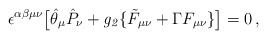
\begin{align*}\epsilon^{\alpha\beta\mu\nu} \big[ \hat \theta_\mu \hat P_\nu +{\it g_2} \{ \tilde F_{\mu\nu} + \Gamma F_{\mu\nu} \} \big] = 0 \,,\end{align*}